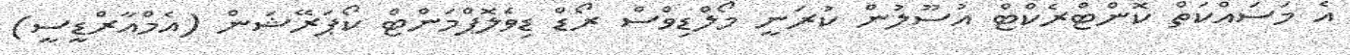
އެ މަސައްކަތް ކޮންޓްރެކްޓް އުސޫލުން ކުރަނީ މޯލްޑިވްސް ރޯޑް ޑިވެލޮޕްމަންޓް ކޯޕަރޭޝަން (އެމްއާރްޑީސީ)